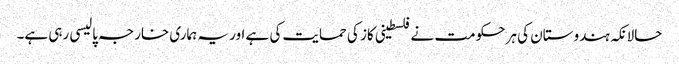
حالانکہ ہندوستان کی ہر حکومت نے فلسطینی کاز کی حمایت کی ہے اور یہ ہماری خارجہ پالیسی رہی ہے۔